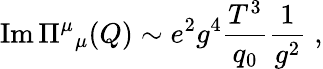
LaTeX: \mathrm{Im}\, \Pi{}^{\mu}{}_{\mu}(Q)\sim e^{2}g^{4}{\frac{T^{3}}{q_{0}}}{\frac{1}{g^{2}}}\; ,